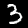
Digit: 3